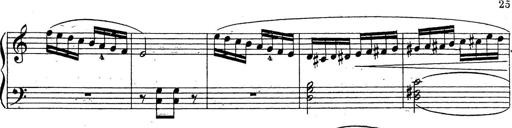
Title: 10 Sonatinas
Composer: Fritz Spindler